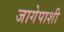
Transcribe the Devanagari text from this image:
जागेपाशी